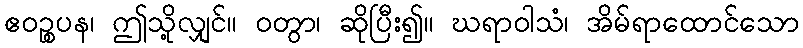
ဧဝဉ္စပန၊ ဤသို့လျှင်။ ဝတွာ၊ ဆိုပြီး၍။ ဃရာဝါသံ၊ အိမ်ရာထောင်သော